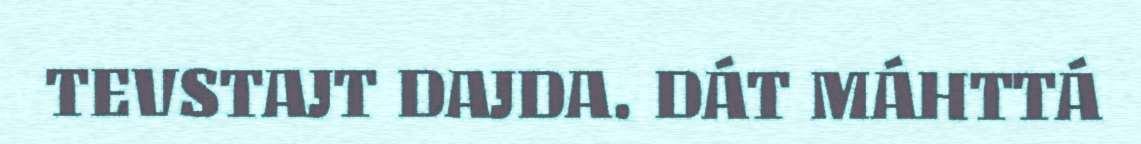
TEVSTAJT DAJDA. DÁT MÁHTTÁ